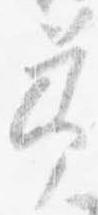
節